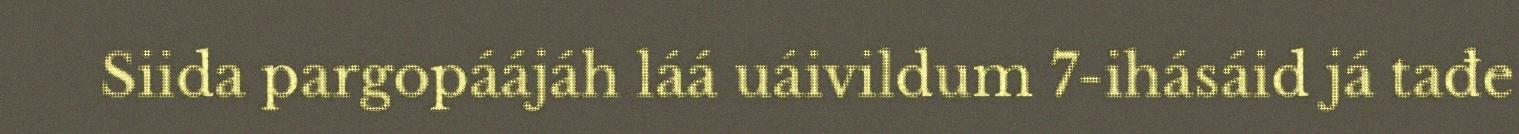
Siida pargopáájáh láá uáivildum 7-ihásáid já tađe